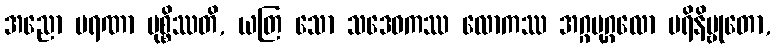
အညော မရဏာ မုစ္စိဿတိ, ယတြ သော သဒေဝကဿ လောကဿ အဂ္ဂပုဂ္ဂလော ပရိနိဗ္ဗုတော,